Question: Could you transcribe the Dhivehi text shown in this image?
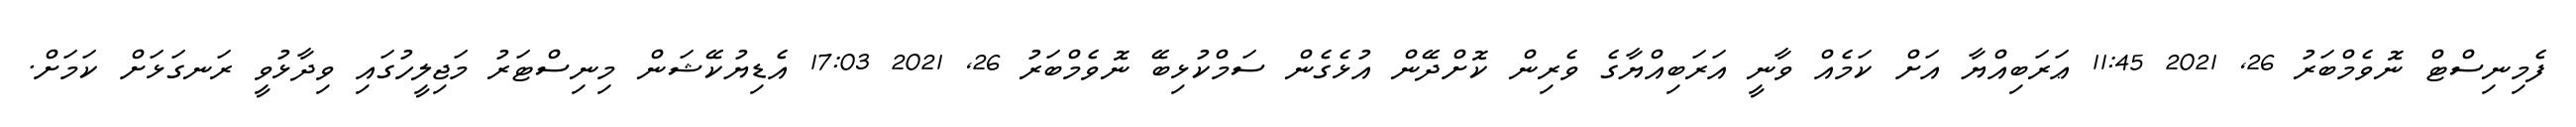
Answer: ފެމިނިސްޓް ނޮވެމްބަރު 26, 2021 11:45 ޢަރަބިއްޔާ އަށް ކަމެއް ވާނީ އަރަބިއްޔާގެ ވެރިން ކޮށްދޭން އުޅެގެން ސަމްކުޅިބޭ ނޮވެމްބަރު 26, 2021 17:03 އެޑިޔުކޭޝަން މިނިސްޓަރު މަޖިލީހުގައި ވިދާޅުވީ ރަނގަޅަށް ކަމަށް.